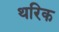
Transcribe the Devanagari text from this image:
थरिक